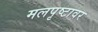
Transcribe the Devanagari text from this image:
मलपृष्टावर